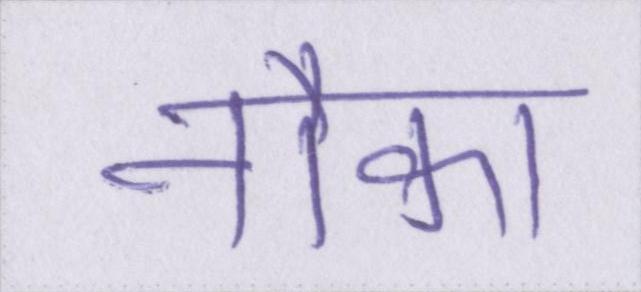
नौका